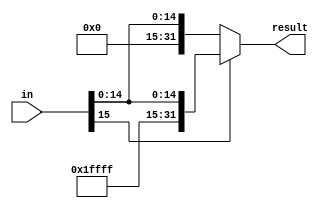
module SignExtend(in, result);
	
	input [15:0] in;
	output reg[31:0] result;
	always @(in) begin
			
		if(in[15] == 0) begin
			
			result <= {16'b0, in};
		end else begin
			
			result <= {16'b1111111111111111, in};
		end
		
	end
	
endmodule